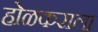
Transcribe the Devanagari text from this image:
होळकराला